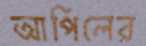
আপিলের